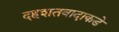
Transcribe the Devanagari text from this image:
दहशतवादाकडे